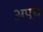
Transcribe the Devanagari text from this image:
अपूचे